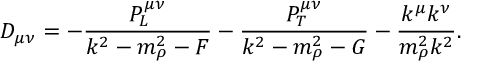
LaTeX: { \cal D } _ { \mu \nu } = - { \frac { P _ { L } ^ { \mu \nu } } { k ^ { 2 } - m _ { \rho } ^ { 2 } - F } } - { \frac { P _ { T } ^ { \mu \nu } } { k ^ { 2 } - m _ { \rho } ^ { 2 } - G } } - { \frac { k ^ { \mu } k ^ { \nu } } { m _ { \rho } ^ { 2 } k ^ { 2 } } } .